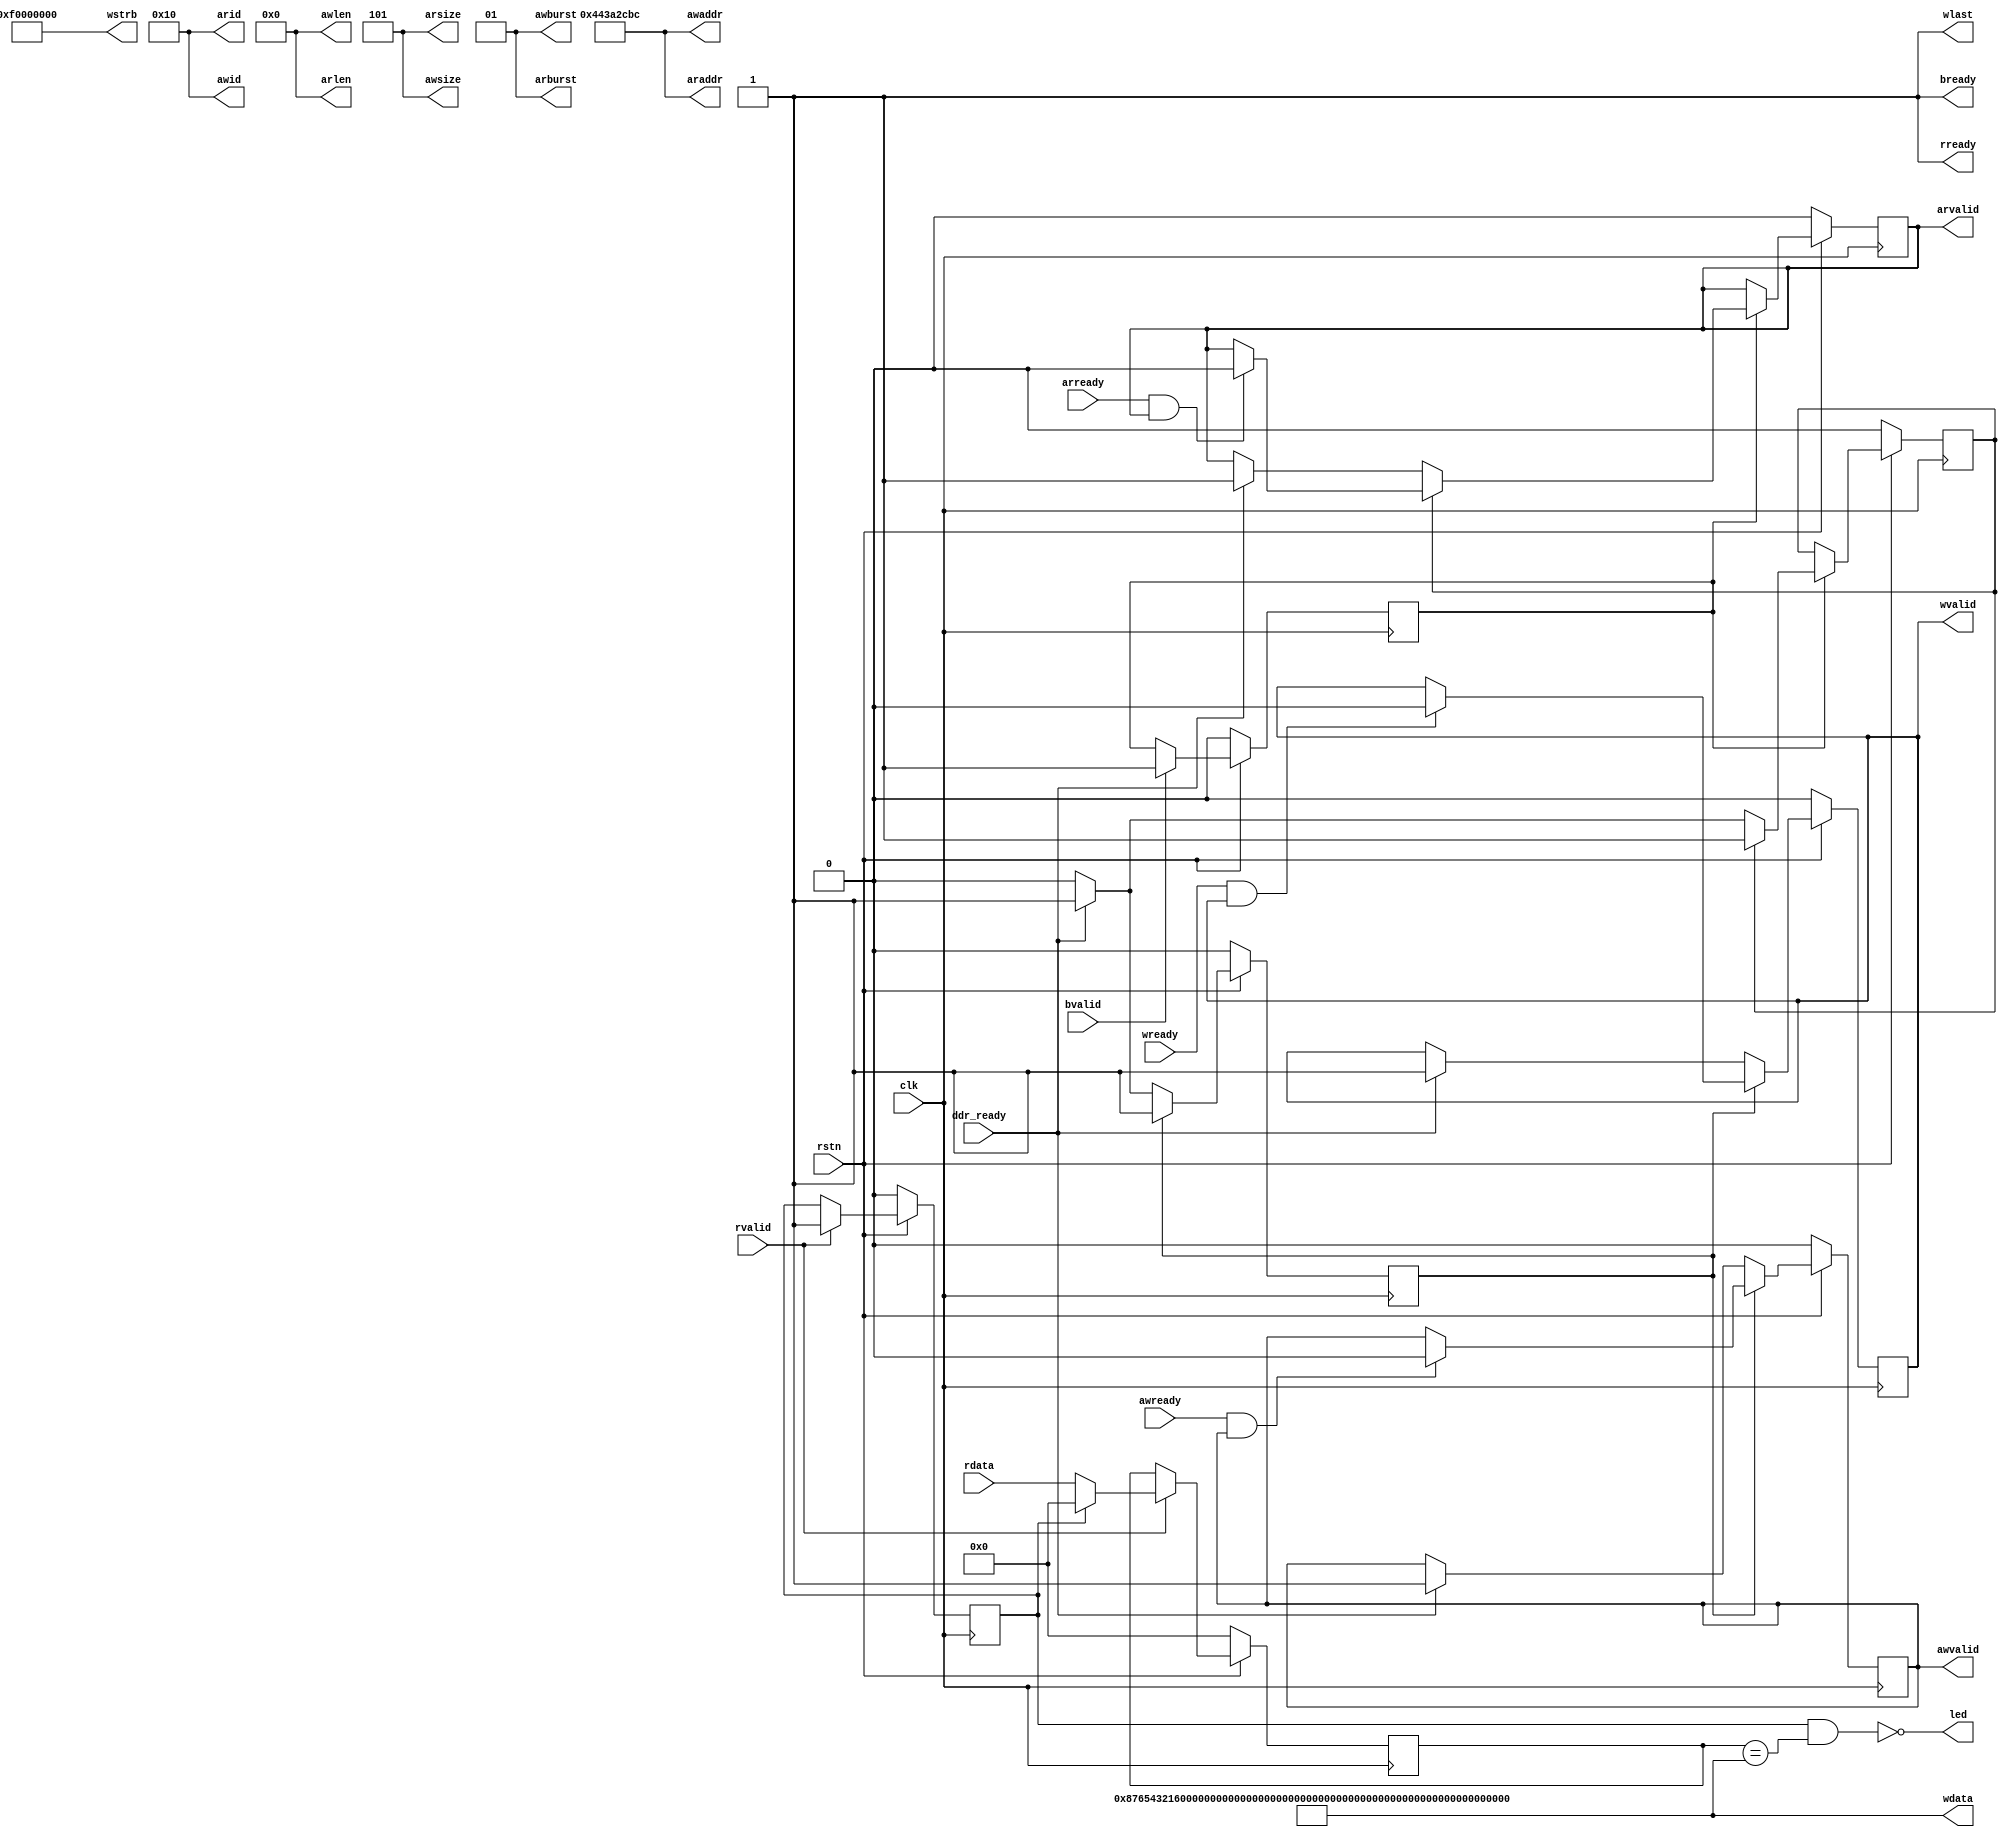
module ddr_ctr_wr_rd_test #(
    parameter DATA_WIDTH    = 256
) (
    input clk,
    input rstn,

    output wire [31:0] awaddr,
    output wire [7:0] awid,
    output reg awvalid,
    output wire [1:0] awburst,
    output wire [2:0] awsize,
    output wire [3:0] awlen,
    input awready,

    output wire [DATA_WIDTH-1:0] wdata,
    output wire [31:0] wstrb,
    output wire wlast,
    output reg wvalid,
    input wire wready,

    input wire bvalid,
    output wire bready,

    output wire [31:0] araddr,
    output wire [7:0] arid,
    output reg arvalid,
    output wire [1:0] arburst,
    output wire [2:0] arsize,
    output wire [3:0] arlen,
    input arready,


    input wire [DATA_WIDTH-1:0] rdata,
    input wire rvalid,
    output wire rready,
    output led,   

    input ddr_ready
);

assign awaddr = 32'h443a2cbc;
assign awid = 8'h10;
assign wdata = 256'h87654321_60000000_50000000_40000000_30000000_20000000_10000000_00000000;
assign wstrb = 32'hF0000000;
assign wlast = 1'b1;
assign awburst = 2'b01;
assign awsize = 3'd5;
assign awlen = 0;

assign araddr = 32'h443a2cbc;
assign arid = 8'h10;
assign arlen = 0;
assign arburst = 2'b01;
assign arsize = 3'd5;
assign arlen = 0;

assign rready = 1'b1;
assign bready = 1'b1;

reg wrflag = 0;
always @(posedge clk) begin
    if (~rstn) begin
        awvalid <= 1'b0;
        wvalid <= 1'b0;
        wrflag <= 0;
    end
    else begin
        if (~wrflag) begin
            if (ddr_ready) begin
                wrflag <= 1;
                awvalid <= 1;
                wvalid <= 1;
            end
        end
        else begin
            if (awready & awvalid) begin
                awvalid <= 0;
            end

            if (wready & wvalid) begin
                wvalid <= 0;
            end
        end
    end
end

reg wrdone = 0;
always @(posedge clk) begin
    if (~rstn) begin
        wrdone <= 0;
    end
    else begin
        if (bvalid & bready) begin
            wrdone <= 1;
        end
    end
end


reg rdflag = 0;
always @(posedge clk) begin
    if (~rstn) begin
        arvalid <= 1'b0;
        rdflag <= 1'b0;
    end
    else begin
        if (wrdone) begin
            if (~rdflag) begin
                if (ddr_ready) begin
                    rdflag <= 1;
                    arvalid <= 1;
                end
            end
            else if (arready & arvalid) begin
                arvalid <= 0;
            end
        end
    end
end
reg [DATA_WIDTH-1:0] rdata_reg = 0;
reg rddone;
always @(posedge clk) begin
    if (~rstn) begin
        rdata_reg <= 0;
        rddone <= 0;
    end
    else begin
        if (rvalid & rready) begin
            if (~rddone) begin
                rdata_reg <= rdata;
                rddone <= 1;
            end
            else begin
                rdata_reg <= 0;
            end
        end
    end
end

assign led = ~(rddone && rdata_reg == wdata);

endmodule